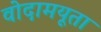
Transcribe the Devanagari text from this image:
वोदामयूता